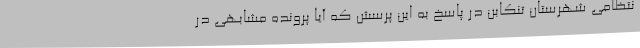
نتظامی شهرستان تنکابن در پاسخ به این پرسش که آیا پرونده مشابهی در